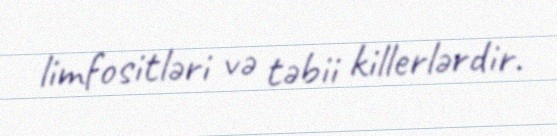
limfositləri və təbii killerlərdir.